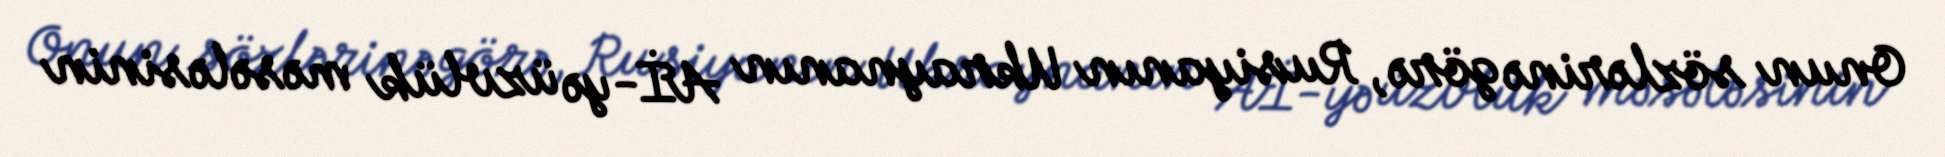
Onun sözlərinə görə, Rusiyanın Ukraynanın Aİ-yə üzvlük məsələsinin